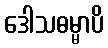
ဒေါသဓမ္မာပိ